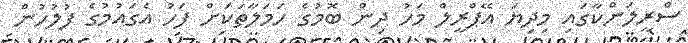
ސްރީލަންކާގައި މިދިޔަ އޭޕްރީލް މަހު ދިން ބޮމުގެ ހަމަލާތަކަށް ފަހު އެގައުމުގެ ފުލުހުން